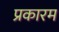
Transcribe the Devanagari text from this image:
प्रकारम